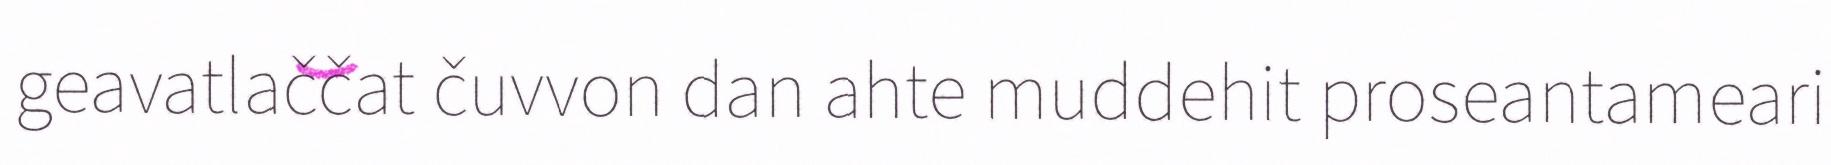
geavatlaččat čuvvon dan ahte muddehit proseantameari